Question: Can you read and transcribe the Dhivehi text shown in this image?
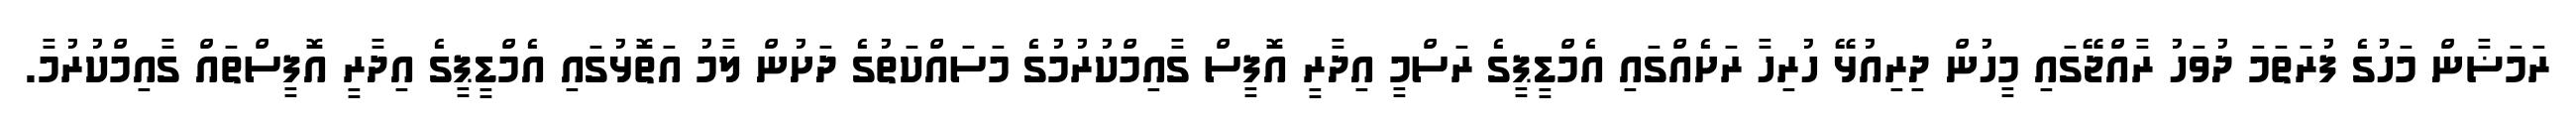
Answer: ރަމަޟާން މަހުގެ ފުރަތަމަ ދުވަހު ރާއްޖޭގައި މީހުން ދިރިއުޅޭ ހުރިހާ ރަށެއްގައި އެމްޑީޕީގެ ރަސްމީ އިދާރީ އޮފީސް ގާއިމްކުރުމުގެ މަސައްކަތުގެ ދަށުން ލާމު އަތޮޅުގައި އެމްޑީޕީގެ އިދާރީ އޮފީސްތައް ގާއިމްކުރުމާ.